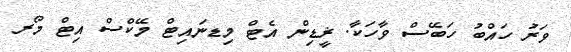
ވަރު ހައްބު ހަބޭސް ވާހަކާ. ޜީޑިން އެޓް މިޑނައިޓް މޭކްސް އިޓް މޯރ